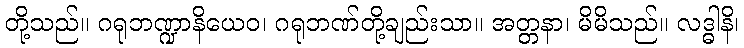
တို့သည်။ ဂရုဘဏ္ဍာနိယေဝ၊ ဂရုဘဏ်တို့ချည်းသာ။ အတ္တနာ၊ မိမိသည်။ လဒ္ဓါနိ၊